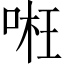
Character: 𠶖